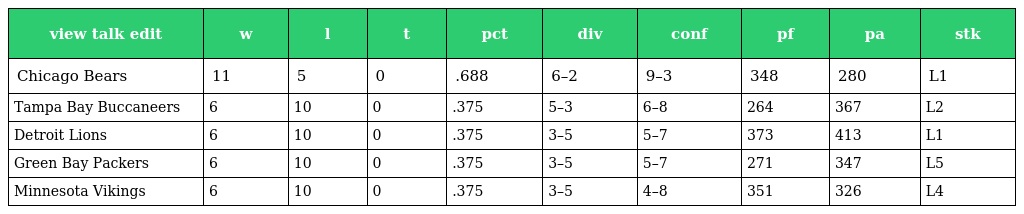
| view talk edit | w | l | t | pct | div | conf | pf | pa | stk |
 | --- | --- | --- | --- | --- | --- | --- | --- | --- | --- |
 | Chicago Bears | 11 | 5 | 0 | .688 | 6–2 | 9–3 | 348 | 280 | L1 |
 | Tampa Bay Buccaneers | 6 | 10 | 0 | .375 | 5–3 | 6–8 | 264 | 367 | L2 |
 | Detroit Lions | 6 | 10 | 0 | .375 | 3–5 | 5–7 | 373 | 413 | L1 |
 | Green Bay Packers | 6 | 10 | 0 | .375 | 3–5 | 5–7 | 271 | 347 | L5 |
 | Minnesota Vikings | 6 | 10 | 0 | .375 | 3–5 | 4–8 | 351 | 326 | L4 |